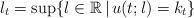
LaTeX: \begin{align*}l_t = \sup\{ l\in\mathbb{R}\,\vert\,u(t;l)=k_t\} \end{align*}